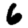
Digit: 6